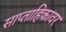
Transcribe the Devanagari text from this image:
साप्ताहिकावर